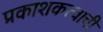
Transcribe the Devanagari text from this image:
प्रकाशकत्वाची